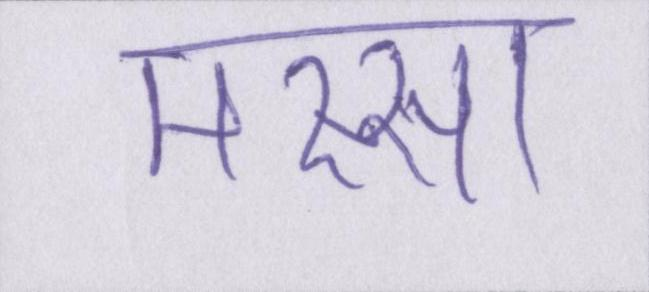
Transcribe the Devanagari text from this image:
मस्सा